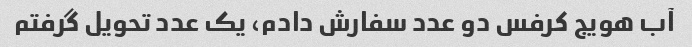
آب هویج کرفس دو عدد سفارش دادم، یک عدد تحویل گرفتم